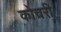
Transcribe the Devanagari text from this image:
कोचरी